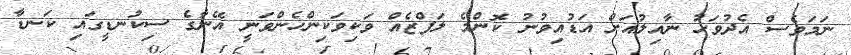
ނަމަވެސް އެދުވަހު ނާއިލުއަށް އަޑުއިވުނު ކޮންމެ ލަފްޒެއް ވަކިވަކިންހެންވަނީ އޭނާގެ ސިކުނޑީގައި ކަނޑާ